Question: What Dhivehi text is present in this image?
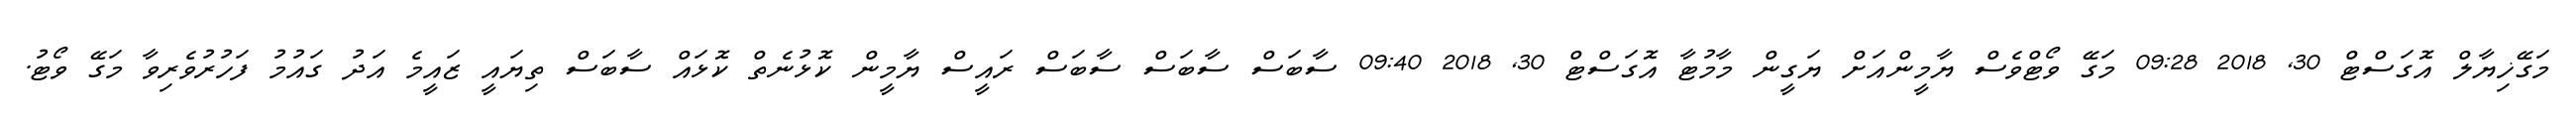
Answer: މަގޭޚިޔާލް އޮގަސްޓް 30, 2018 09:28 މަގޭ ވޯޓްވެސް ޔާމީންއަށް ޔަގީން މާމުޓާ އޮގަސްޓް 30, 2018 09:40 ސާބަސް ސާބަސް ސާބަސް ރައީސް ޔާމީން ކޮޅުނެތް ކޮޅައް ސާބަސް ތިޔައީ ޒައީމެ އަދު ގައުމު ފަހުރުވެރިވާ މަގޭ ވޯޓު.